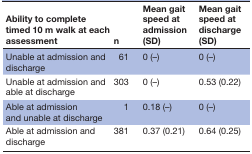
| Ability to complete timed 10 m walk at each assessment | n | Mean gait speed at admission (SD) | Mean gait speed at discharge (SD) |
 | --- | --- | --- | --- |
 | Unable at admission and discharge | 61 | 0 (–) | 0 (–) |
 | Unable at admission and able at discharge | 303 | 0 (–) | 0.53 (0.22) |
 | Able at admission and unable at discharge | 1 | 0.18 (–) | 0 (–) |
 | Able at admission and discharge | 381 | 0.37 (0.21) | 0.64 (0.25) |